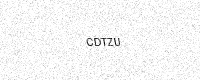
Text: CDTZU